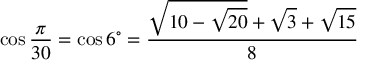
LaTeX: \cos { \frac { \pi } { 3 0 } } = \cos 6 ^ { \circ } = { \frac { { \sqrt { 1 0 - { \sqrt { 2 0 } } } } + { \sqrt { 3 } } + { \sqrt { 1 5 } } } { 8 } }